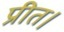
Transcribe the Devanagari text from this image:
प्रीत।